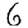
Digit: 6